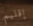
إقليم